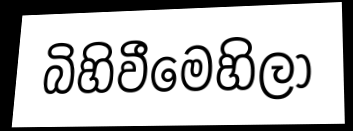
බිහිවීමෙහිලා